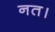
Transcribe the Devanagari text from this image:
नत।